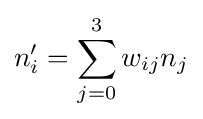
n'_{i}=\sum _{j=0}^{3}w_{ij}n_{j}